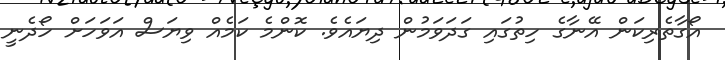
އޯގާތެރިކަން އޭނާގެ ހިތުގައި ގަދަވަމުން ދިޔައެވެ. ކޮންމެ ކަމެއް ވިޔަސް އަވަހަށް ހޯދެނީ